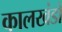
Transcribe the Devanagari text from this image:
कालखंडो